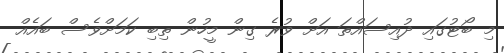
މި ބޯޓުގައި ދުއިސައްތަ އަށް ވުރެ ގިން މީހުން ތިބި ކަމަށްވެސް ބައެއް